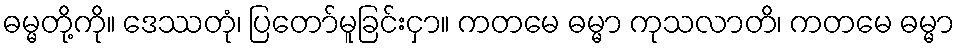
ဓမ္မတို့ကို။ ဒေဿတုံ၊ ပြတော်မူခြင်းငှာ။ ကတမေ ဓမ္မာ ကုသလာတိ၊ ကတမေ ဓမ္မာ